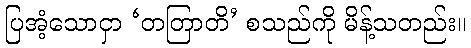
ပြအံ့သောငှာ ‘တတြာတိ’ စသည်ကို မိန့်သတည်း။